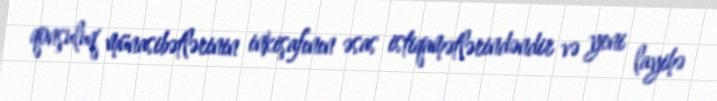
qonşuluq münasibətlərinin inkişafının əsas istiqamətlərindəndir və yeni layihə